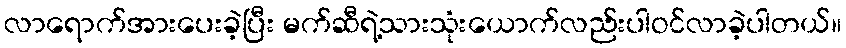
လာရောက်အားပေးခဲ့ပြီး မက်ဆီရဲ့သားသုံးယောက်လည်းပါဝင်လာခဲ့ပါတယ်။